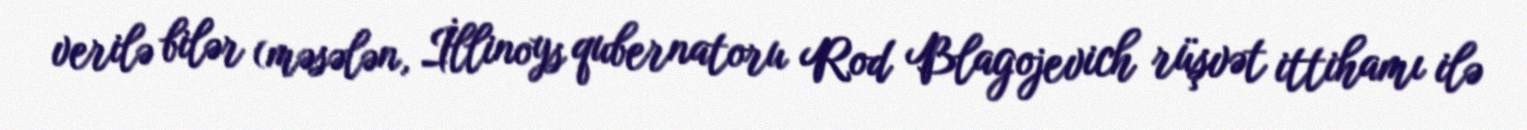
verilə bilər (məsələn, İllinoys qubernatoru Rod Blagojevich rüşvət ittihamı ilə